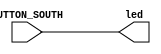
`timescale 1ns / 1ps
//////////////////////////////////////////////////////////////////////////////////
// Company: 
// Engineer: 
// 
// Design Name: 
// Module Name:    program 
// Project Name: 
// Target Devices: 
// Tool versions: 
// Description: 
//
// Dependencies: 
//
// Revision: 
// Revision 0.01 - File Created
// Additional Comments: 
//
//////////////////////////////////////////////////////////////////////////////////

`timescale 1ns / 1ps
`default_nettype none

module program (input BUTTON_SOUTH, output led);

   assign led = BUTTON_SOUTH;

endmodule